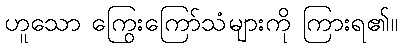
ဟူသော ကြွေးကြော်သံများကို ကြားရ၏။